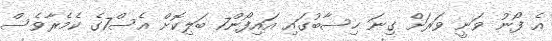
އެ ފޯނު ވަނީ ވަރަށް ގިނަ ހިސާބުގައި އައިފޯން7 ބަލިކޮށް އެސް7ގެ ކެމެރާވެސް